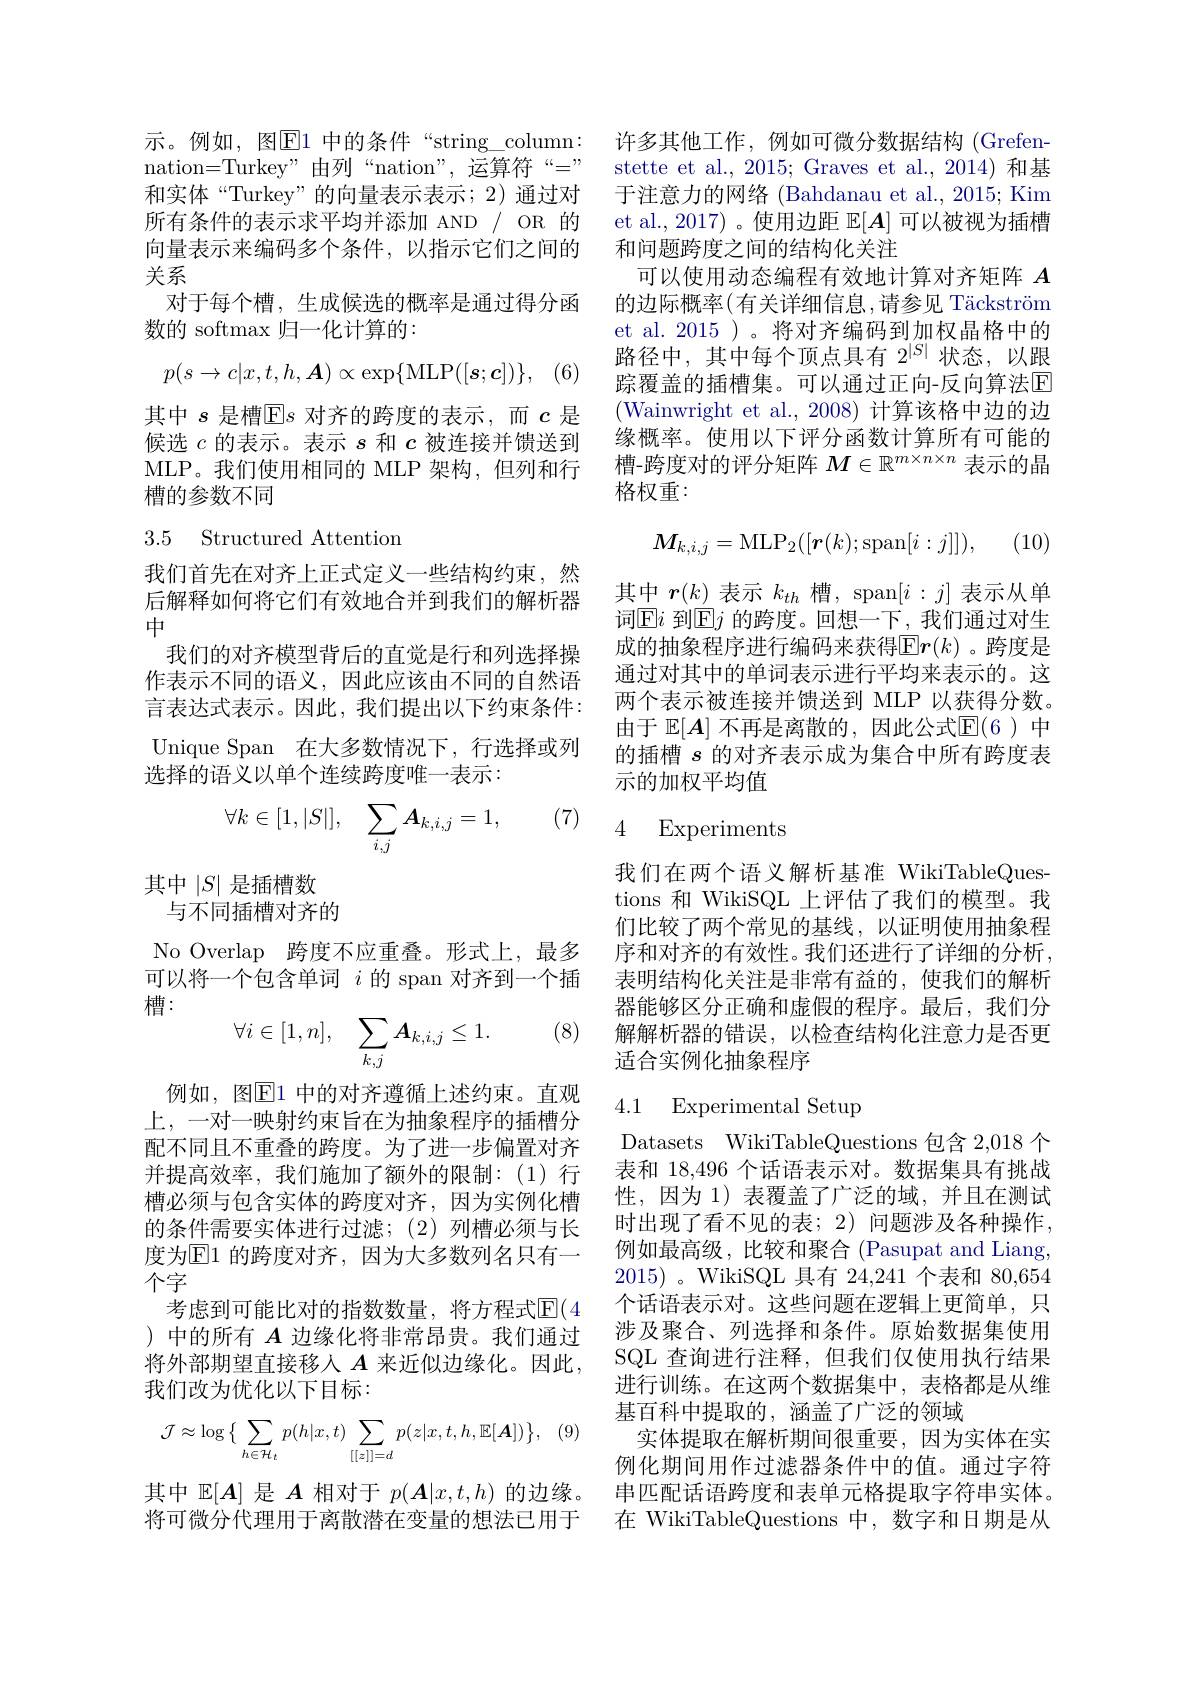
示。例如，图$\boxed{\mathrm{E}}1$ 中的条件“string\_column: nation=Turkey"由列“nation”,运算符“=” 和实体“Turkey”的向量表示表示；2)通过对所有条件的表示求平均并添加 AND / OR 的向量表示来编码多个条件，以指示它们之间的关系
对于每个槽，生成候选的概率是通过得分函
数的 softmax 归一化计算的：
$$p(s\to c|x,t,h,\boldsymbol{A})\propto\exp\{\mathrm{MLP}([\boldsymbol{s};\boldsymbol{c}])\},$$
其中$s$是槽$\overline{\mathrm{E}}s$对齐的跨度的表示，而$c$是候选$c$的表示。表示$s$和$c$被连接并馈送到MLP。我们使用相同的 MLP 架构，但列和行槽的参数不同

## 3.5 Structured Attention

我们首先在对齐上正式定义一些结构约束，然后解释如何将它们有效地合并到我们的解析器中
我们的对齐模型背后的直觉是行和列选择操作表示不同的语义，因此应该由不同的自然语言表达式表示。因此，我们提出以下约束条件： Unique Span 在大多数情况下，行选择或列选择的语义以单个连续跨度唯一表示：

(7)
$$\forall k\in[1,|S|],\quad\sum_{i,j}\boldsymbol{A}_{k,i,j}=1,$$
其中$\left|S\right|$是插槽数
与不同插槽对齐的

No Overlap 跨度不应重叠。形式上，最多可以将一个包含单词$i$的 span 对齐到一个插槽：

(8)
$$\forall i\in[1,n],\quad\displaystyle\sum_{k,j}A_{k,i,j}\leq1.$$
例如，图$\overline{\mathbb{E}}$1 中的对齐遵循上述约束。直观上，一对一映射约束旨在为抽象程序的插槽分配不同且不重叠的跨度。为了进一步偏置对齐并提高效率，我们施加了额外的限制：(1)行槽必须与包含实体的跨度对齐，因为实例化槽的条件需要实体进行过滤；(2)列槽必须与长度为$\overline{\mathrm{E}}1$ 的跨度对齐，因为大多数列名只有一个字
考虑到可能比对的指数数量，将方程式$\mathbb{E}(4$ )中的所有$A$边缘化将非常昂贵。我们通过将外部期望直接移入$A$来近似边缘化。因此， 我们改为优化以下目标：
$$\mathcal{J}\approx\log\big\{\sum_{h\in\mathcal{H}_{t}}p(h|x,t)\sum_{[[z]]=d}p(z|x,t,h,\mathbb{E}[\boldsymbol{A}])\big\},$$
其中$\mathbb{E}[A]$是$A$相对于$p(\boldsymbol{A}|x,t,h)$的边缘。串匹配话语跨度和表单元格提取字符串实体。将可微分代理用于离散潜在变量的想法已用于 在 WikiTableQuestions 中，数字和日期是从

许多其他工作，例如可微分数据结构(Grefenstette et al., 2015; Graves et al., 2014) 和基于注意力的网络 (Bahdanau et al., 2015; Kim et al.,2017)。使用边距$\mathbb{E}[A]$可以被视为插槽和问题跨度之间的结构化关注
可以使用动态编程有效地计算对齐矩阵$A$ 的边际概率(有关详细信息，请参见 Täckström et al. 2015 )。将对齐编码到加权晶格中的路径中，其中每个顶点具有$2^{|S|}$状态，以跟踪覆盖的插槽集。可以通过正向-反向算法$\overline{\mathrm{E}}$ (Wainwright et al.,2008)计算该格中边的边缘概率。使用以下评分函数计算所有可能的槽-跨度对的评分矩阵$M\in\mathbb{R}^{m\times n\times n}$表示的晶格权重：

(10,
$$M_{k,i,j}=\mathrm{MLP}_2([\boldsymbol{r}(k);\mathrm{span}[i:j]]),$$
其中$r(\underline{k})$表示$k_th$槽，span$[i:j]$表示从单词$\boxed{\mathrm{E}}i$ 到$\boxed{\mathrm{E}}j$ 的跨度。回想一下，我们通过对生成的抽象程序进行编码来获得$\operatorname{Er}(k)$ 。跨度是通过对其中的单词表示进行平均来表示的。这两个表示被连接并馈送到 MLP 以获得分数。由于$\mathbb{E}[\boldsymbol{A}]$不再是离散的，因此公式$\mathbb{E}(6)$中的插槽$s$的对齐表示成为集合中所有跨度表示的加权平均值

# 4 Experiments

我们在两个语义解析基准 WikiTableQuestions 和 WikiSQL 上评估了我们的模型。我们比较了两个常见的基线，以证明使用抽象程序和对齐的有效性。我们还进行了详细的分析， 表明结构化关注是非常有益的，使我们的解析器能够区分正确和虚假的程序。最后，我们分解解析器的错误，以检查结构化注意力是否更适合实例化抽象程序

### 4.1 Experimental Setup

Datasets WikiTableQuestions 包含 2,018 个表和 18,496 个话语表示对。数据集具有挑战性，因为 1) 表覆盖了广泛的域，并且在测试时出现了看不见的表；2) 问题涉及各种操作， 例如最高级，比较和聚合 (Pasupat and Liang, 2015) 。WikiSQL 具有 24,241 个表和 80,654个话语表示对。这些问题在逻辑上更简单，只涉及聚合、列选择和条件。原始数据集使用SQL 查询进行注释，但我们仅使用执行结果进行训练。在这两个数据集中，表格都是从维基百科中提取的，涵盖了广泛的领域
实体提取在解析期间很重要，因为实体在实例化期间用作过滤器条件中的值。通过字符